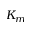
K _ { m }